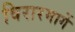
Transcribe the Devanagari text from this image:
विरारमार्गे